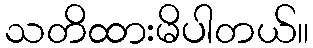
သတိထားမိပါတယ်။